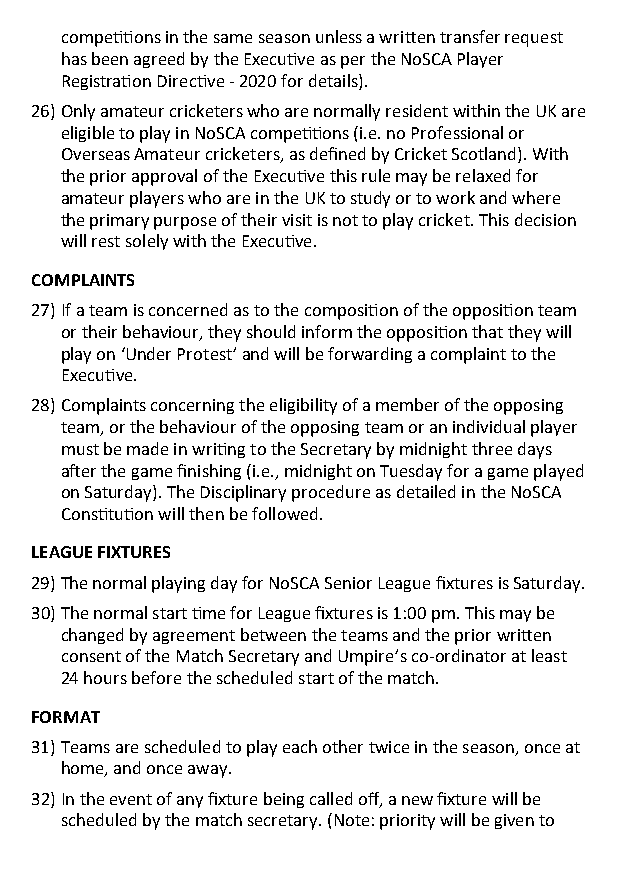
competitions in the same season unless a written transfer request
 has been agreed by the Executive as per the NoSCA Player
 Registration Directive - 2020 for details).
 26) Only amateur cricketers who are normally resident within the UK are
 eligible to play in NoSCA competitions (i.e. no Professional or
 Overseas Amateur cricketers, as defined by Cricket Scotland). With
 the prior approval of the Executive this rule may be relaxed for
 amateur players who are in the UK to study or to work and where
 the primary purpose of their visit is not to play cricket. This decision
 will rest solely with the Executive.
 COMPLAINTS
 27) If a team is concerned as to the composition of the opposition team
 or their behaviour, they should inform the opposition that they will
 play on ‘Under Protest’ and will be forwarding a complaint to the
 Executive.
 28) Complaints concerning the eligibility of a member of the opposing
 team, or the behaviour of the opposing team or an individual player
 must be made in writing to the Secretary by midnight three days
 after the game finishing (i.e., midnight on Tuesday for a game played
 on Saturday). The Disciplinary procedure as detailed in the NoSCA
 Constitution will then be followed.
 LEAGUE FIXTURES
 29) The normal playing day for NoSCA Senior League fixtures is Saturday.
 30) The normal start time for League fixtures is 1:00 pm. This may be
 changed by agreement between the teams and the prior written
 consent of the Match Secretary and Umpire’s co-ordinator at least
 24 hours before the scheduled start of the match.
 FORMAT
 31) Teams are scheduled to play each other twice in the season, once at
 home, and once away.
 32) In the event of any fixture being called off, a new fixture will be
 scheduled by the match secretary. (Note: priority will be given to